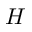
H